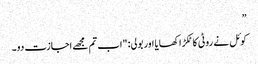
”
کوئل نے روٹی کا ٹکڑا کھایا اور بولی: "اب تم مجھے اجازت دو۔